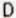
D